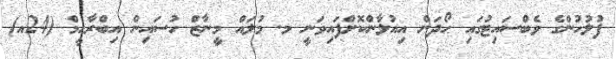
ފުލުހުންގެ ވެބްސައިޓުގައި ހޯދަން އިއުލާންކޮށްފައިވަނީ މ. މުލައް މީނާޒް ހުސައިން އިބްރާހީމް (24އ)